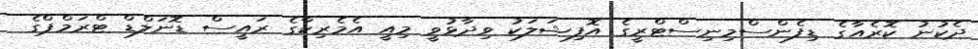
ދެކުނު ކޮރެއާގެ ޑިފެންސްމިނިސްޓްރީގެ އޮފިޝަލަކު ވިދާޅުވީ މިއީ އެމެރިކާގެ ރައީސް ޑޮނަލްޑް ޓްރަމްޕްގެ